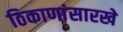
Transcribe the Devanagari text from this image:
ठिकाणांसारखे